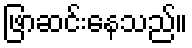
ဖြာဆင်းနေသည်။